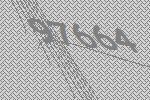
97664